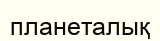
планеталық